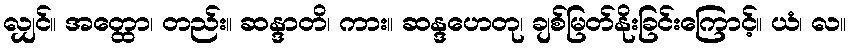
လျှင်။ အတ္ထော၊ တည်း။ ဆန္ဒာတိ၊ ကား။ ဆန္ဒဟေတု၊ ချစ်မြတ်နိုးခြင်းကြောင့်။ ယံ၊ လ။